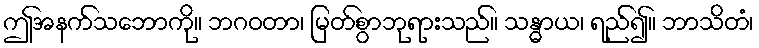
ဤအနက်သဘောကို။ ဘဂဝတာ၊ မြတ်စွာဘုရားသည်။ သန္ဓာယ၊ ရည်၍။ ဘာသိတံ၊